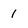
Character: 1